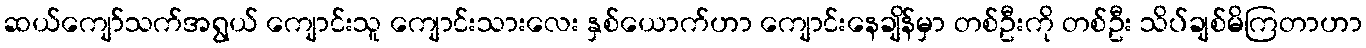
ဆယ်ကျော်သက်အရွယ် ကျောင်းသူ ကျောင်းသားလေး နှစ်ယောက်ဟာ ကျောင်းနေချိန်မှာ တစ်ဦးကို တစ်ဦး သိပ်ချစ်မိကြတာဟာ